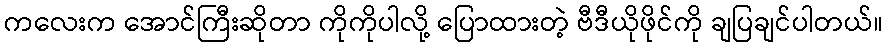
ကလေးက အောင်ကြီးဆိုတာ ကိုကိုပါလို့ ပြောထားတဲ့ ဗီဒီယိုဖိုင်ကို ချပြချင်ပါတယ်။